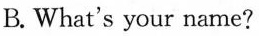
B. What's your name?